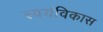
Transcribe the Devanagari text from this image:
स्वयंविकास